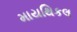
માયથિકલ